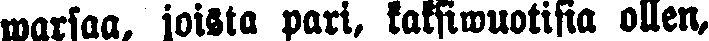
warsaa, joista pari, kaksiwuotisia ollen,